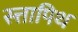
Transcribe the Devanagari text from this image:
स्त्तापिथ